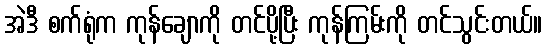
အဲဒီ စက်ရုံက ကုန်ချောကို တင်ပို့ပြီး ကုန်ကြမ်းကို တင်သွင်းတယ်။